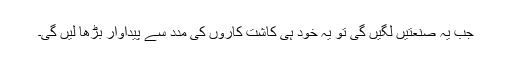
جب یہ صنعتیں لگیں گی تو یہ خود ہی کاشت کاروں کی مدد سے پیداوار بڑھا لیں گی۔